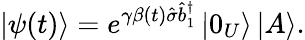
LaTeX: \left\vert\psi(t)\right\rangle=e^{\gamma\beta(t)\hat{\sigma}\hat{b}_{1}^{\dagger}}\left\vert 0_{U}\right\rangle\left\vert A\right\rangle.